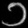
Digit: ၁